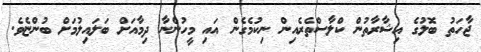
ޖާހަތު ބޮލުގެ އިޝާރާތުން ކްލާސްތެރެއިން ނިކުމެގެން އައި މީހުންނާ ދިމާއަށް ބަލައިލުމަށް ބުންޏެވެ.